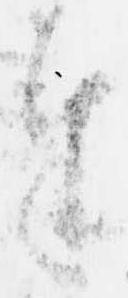
奉